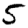
Digit: 5